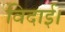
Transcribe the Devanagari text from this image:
विदाई।